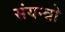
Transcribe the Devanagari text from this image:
संयन्त्रो